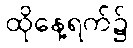
ထိုနေ့ရက်၌